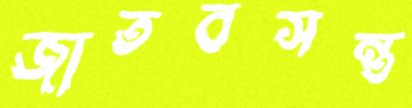
জাতবসন্ত